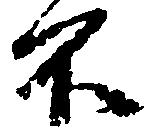
不